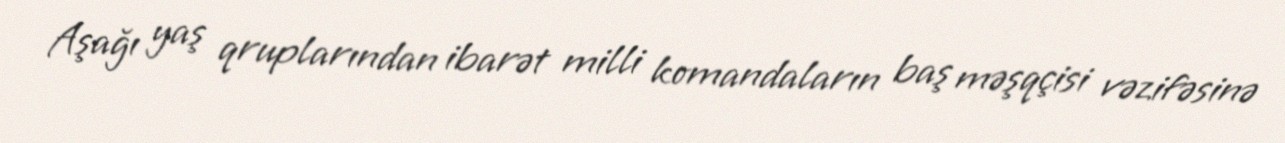
Aşağı yaş qruplarından ibarət milli komandaların baş məşqçisi vəzifəsinə